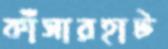
কাঁসারহাট